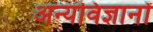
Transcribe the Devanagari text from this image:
अन्यविज्ञानों